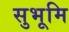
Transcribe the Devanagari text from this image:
सुभूमि